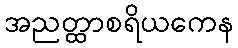
အညတ္ထာစရိယကေန